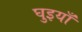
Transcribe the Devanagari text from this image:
घुइयाँ